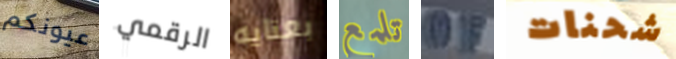
عيونكم الرقمي بعنايه تلمع OF شحنات